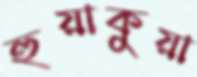
হুয়াকুয়া